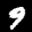
Label: 9